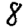
Digit: 8